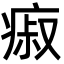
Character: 㾥